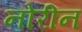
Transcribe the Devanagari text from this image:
नोरीन